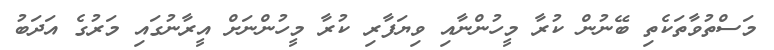
މަސްތުވާތަކެތި ބޭނުން ކުރާ މީހުންނާއި ވިޔަފާރި ކުރާ މީހުންނަށް އީރާނުގައި މަރުގެ އަދަބު